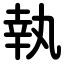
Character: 執